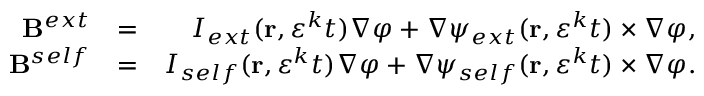
\begin{array} { r l r } { \mathbf { B } ^ { e x t } } & { = } & { I _ { e x t } ( \mathbf { r } , \varepsilon ^ { k } t ) \nabla \varphi + \nabla \psi _ { e x t } ( \mathbf { r } , \varepsilon ^ { k } t ) \times \nabla \varphi , } \\ { \mathbf { B } ^ { s e l f } } & { = } & { I _ { s e l f } ( \mathbf { r } , \varepsilon ^ { k } t ) \nabla \varphi + \nabla \psi _ { s e l f } ( \mathbf { r } , \varepsilon ^ { k } t ) \times \nabla \varphi . } \end{array}